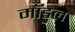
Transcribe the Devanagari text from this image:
मॉडुल